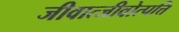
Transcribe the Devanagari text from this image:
जीवात्जीवोत्पत्ति